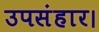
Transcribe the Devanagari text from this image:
उपसंहार।